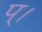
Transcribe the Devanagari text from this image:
प्।